Bréfritari: Soffía Daníelsdóttir
Viðtakandi: Jakobína Magnúsdóttir og Daníel Halldórsson
Dagsetning: A-1903-08-23
Skrifað á: Skeggjastöðum  N-Múl.
Soffía var dóttir Jakobínu og Daníels

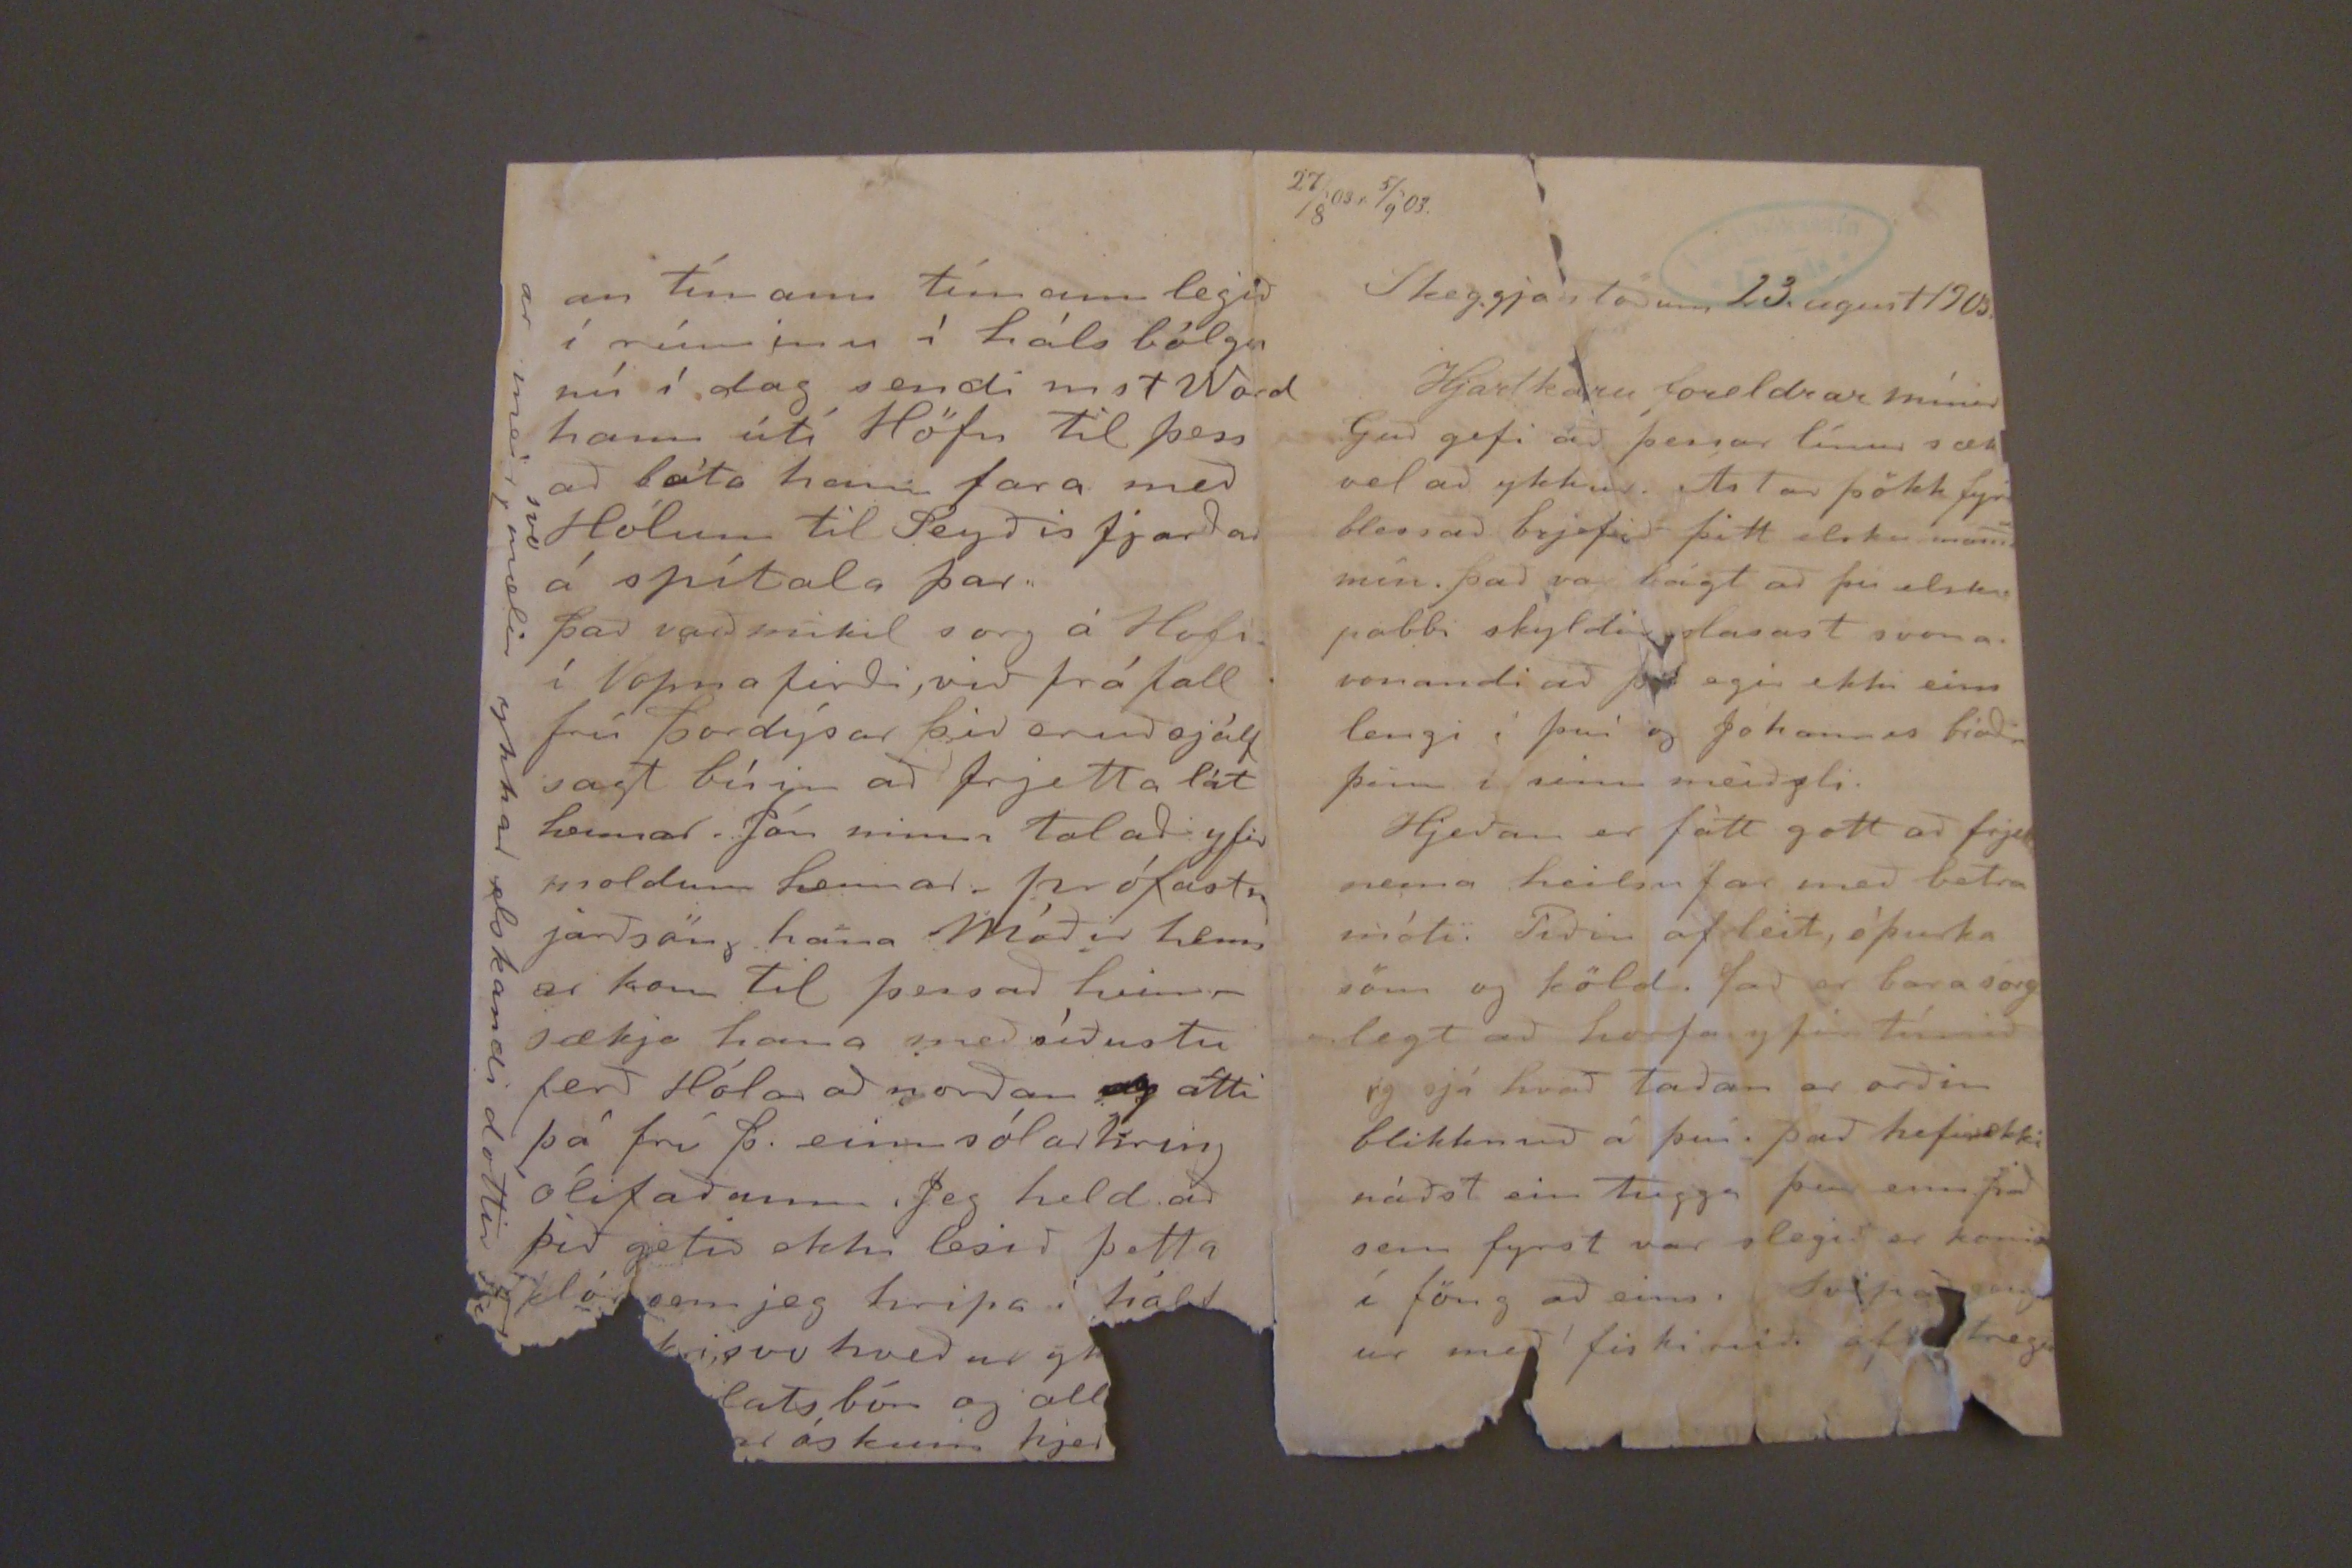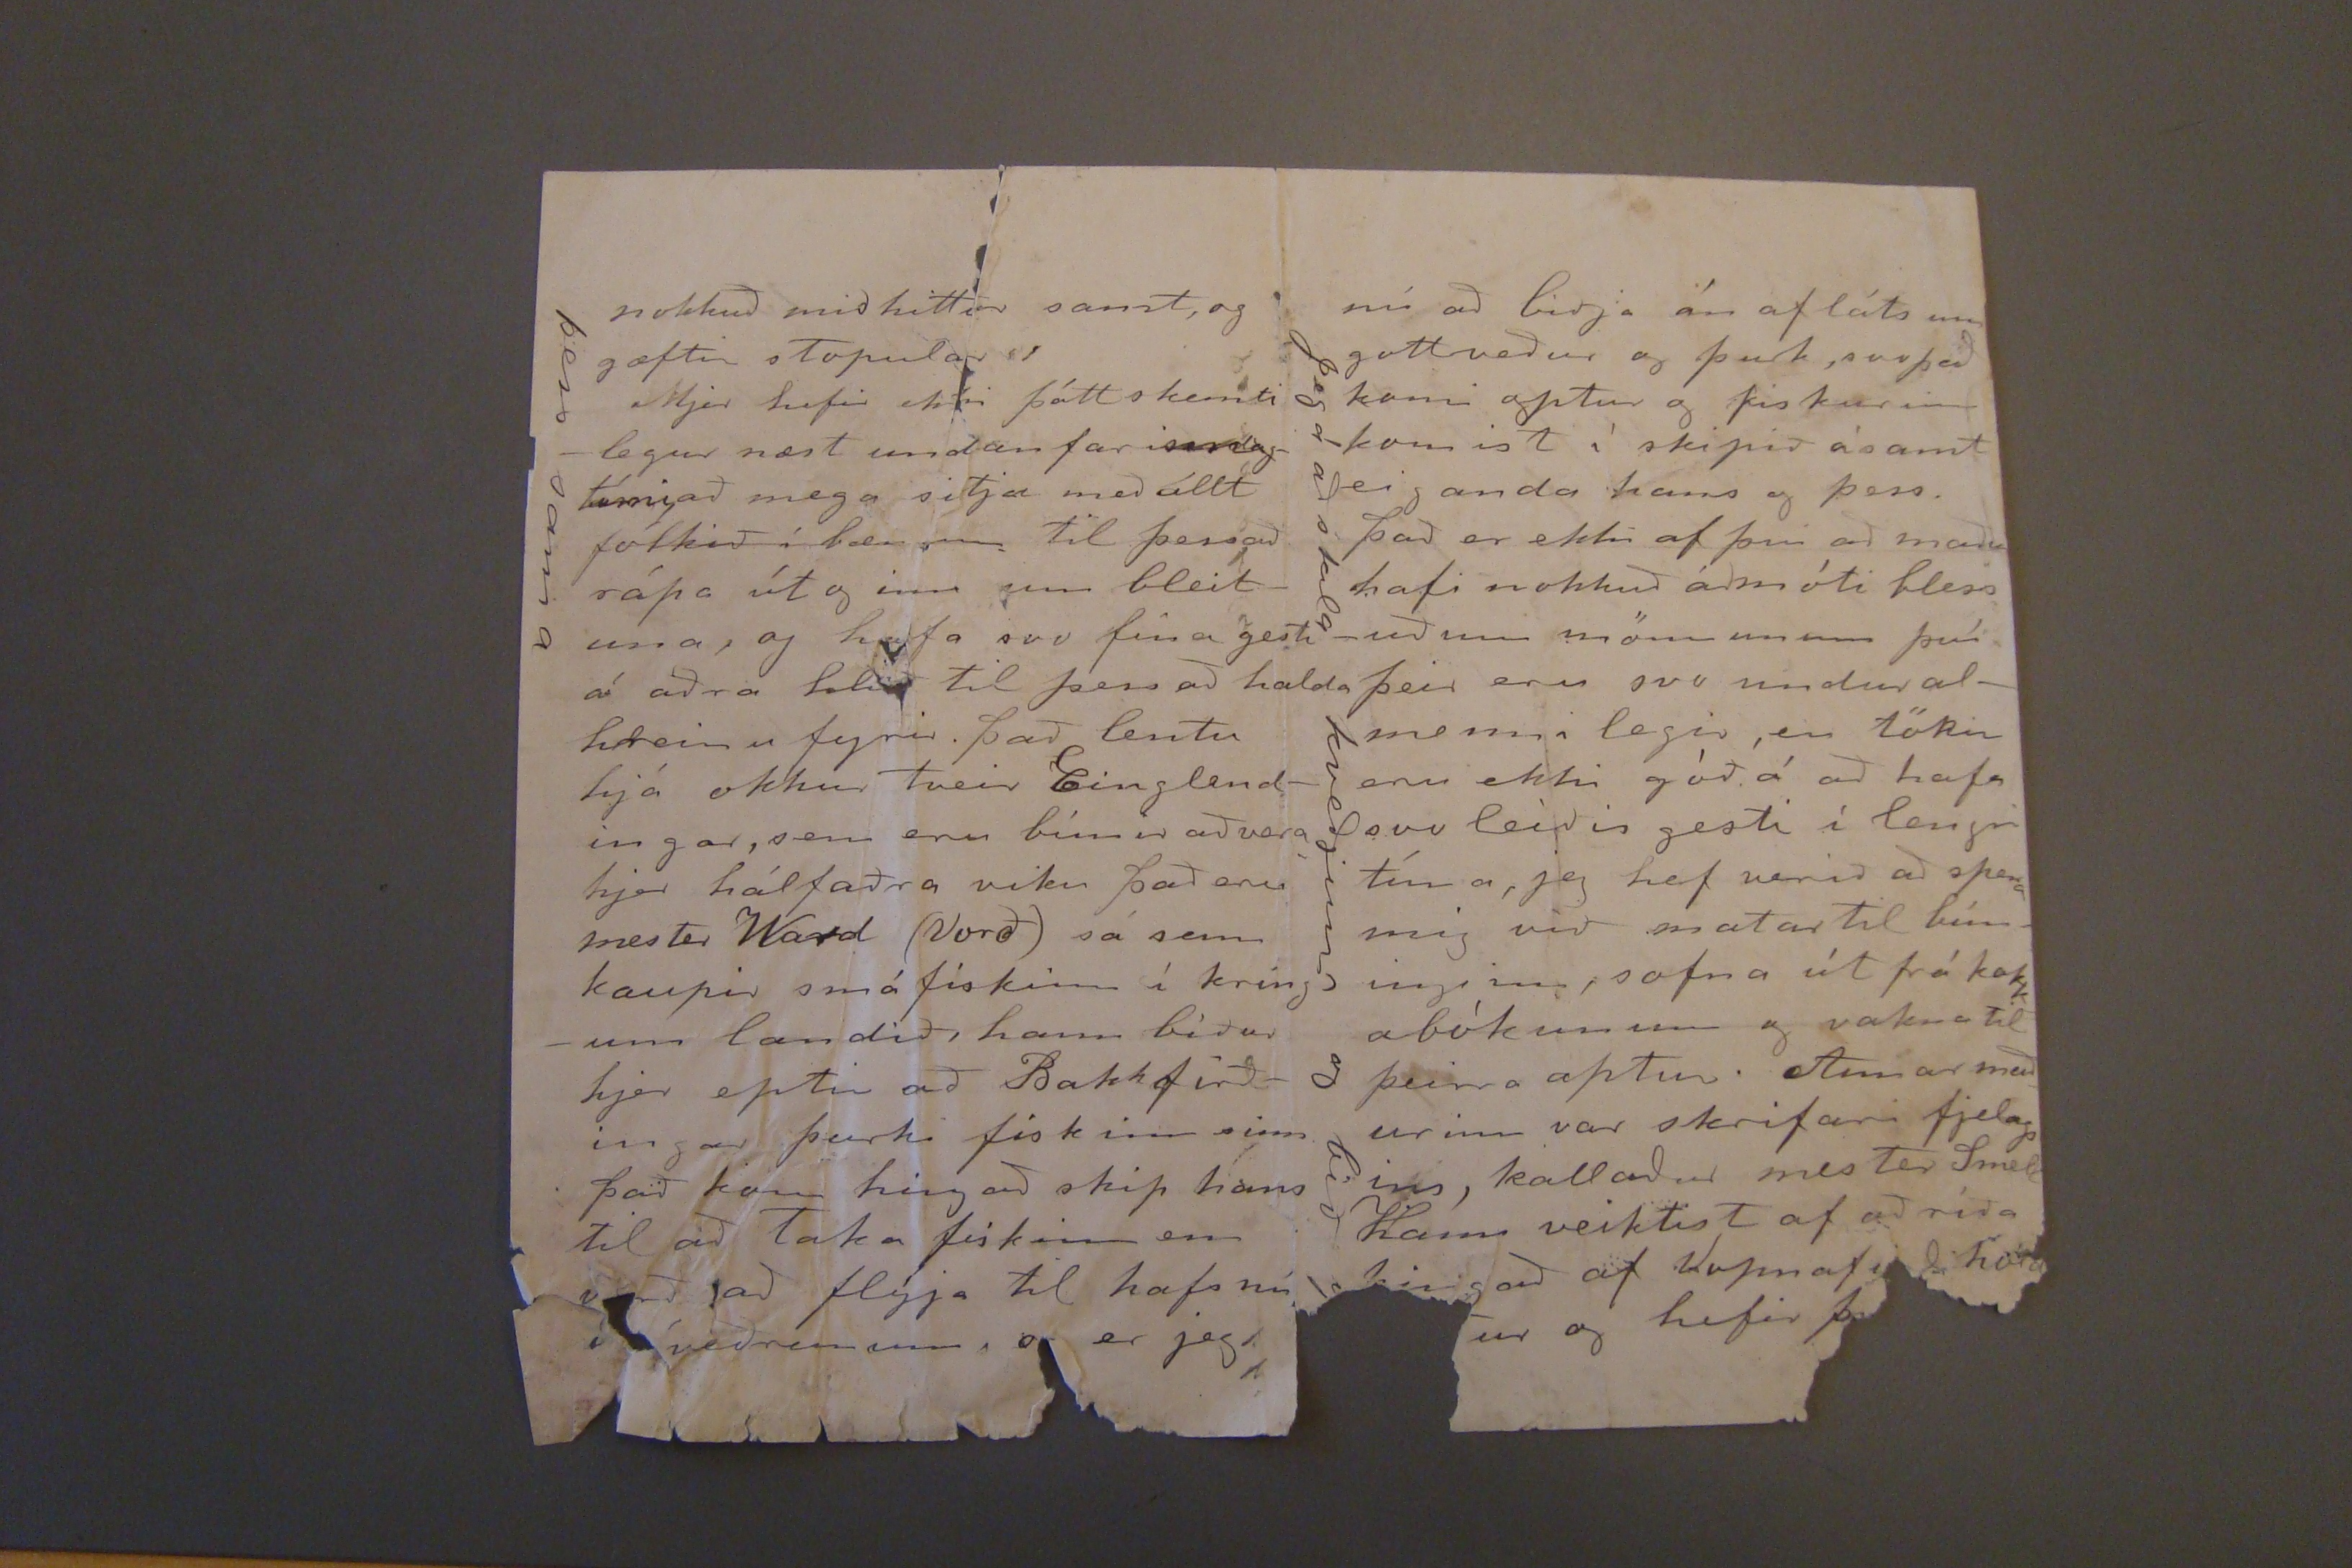

27/8'03.r 5/9'03.
Skeggjastöðum 23. ágúst 1903.
Hjartkæru foreldrar mínir
Guð gefi að þessar línur sæk vel að ykkur. Ástar þökk fyrir blessað brjefið þitt elsku mam()a mín. það var bágt að þú elsku pabbi skyldi slasast svona. vonandi að þú egir ekki eins lengi í því og Jóhannes bróðir þinn í sinu meiðzli.
Hjeðan er fátt gott að frjett nema heilsu far með betra móti. Tíðin af leit, óþurka söm og köld. það er bara sorglegt að horfa yfir túnið og sjá hvað Taðan er orðin blikknuð á því. það hefir ekki náðst ein tugga þar enn það sem fyrst var slegið er komið í föng að eins. Svipað gengur með fiskimið af
tregu
nokkuð miðhittar samt, og
gæstir
stopular
Mjer hefir
ekki
þótt skemtilegur næst undanfarinndagtími mega sitja með íllt fólkið á bænum til þessað rápa út og inn um bleituna, og hafa svo fína gesti á aðra
falið
til þess að halda hreinu fyrir. það lentu hjá okkur tveir Einglendingar, sem eru búnir að vera hjer hálfaðra viku það eru mester Wald (Vorð) sá sem kaupir smá fiskinn í kringum landið, hann bíður hjer eptir að Bakkfirðingar þurki fiskinn sinn það kom hingað skip hans til að Taka fiskinn enn varð að flýja til hafs nú í veðrunum, og er jeg
þess sama
an tímann tímann legið í rúminu í háls bólgu nú í dag sendi mst Ward hann útí Höfn til þess að láta hann fara með Hólum til Seyðisfarðar á spítala þar.
það varð mikil sorg á Hofi í Vopnafirði, við fráfall frú þordýsar þið eruð sjálf sagt búin að frjetta lát hennar. Jón minn talaði yfir moldunn hennar. prófastur jarðsöng hana Móðir hennar kom til þess að heimsækja hana með síðustu ferð Hólar að norðan
og
átti þá frú þ. einn sólarhring ólifaðann, Jeg held að þið getið ekki lesið þetta klór sem jeg hripa í hálf
ri svo hveður g
lats bón og all
ar óskunn hjer
ar meir
svo
mælir ykkar elskandi dóttir Fí
nú að biðja án afláts um gott veður og þurk, svo það komi aptur og fiskurinn komist í skipið ásamt eiganda hans og þess. það er ekki af því að maðu hafi nokkuð á móti blessuðum mönnunum því þeir eru svo undur almennilegir, en töku eru ekki góð á að hafa svo leíðis gesti í lengri tíma, jeg hef verið að spera mig við matartil búninginn, safna út frá kokkabókunum og vakna til þeirra aptur. Annar maðurinn var skrifari fjelags ins, kallaður mester
Smell
hann veiktist af að ríða hingað af Vopnafirði
hard
ur og hefir þ
Jeg á að skila kveðjum og bið